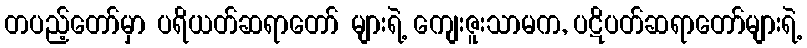
တပည့်တော်မှာ ပရိယတ်ဆရာတော် များရဲ့ ကျေးဇူးသာမက, ပဋိပတ်ဆရာတော်များရဲ့